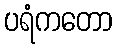
ပရံကတော